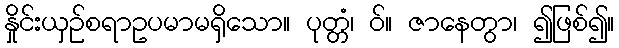
နှိုင်းယှဉ်စရာဥပမာမရှိသော။ ပုတ္တံ၊ ဝ်။ ဇာနေတွာ၊ ၍ဖြစ်၍။